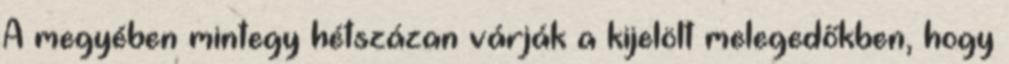
A megyében mintegy hétszázan várják a kijelölt melegedőkben, hogy